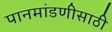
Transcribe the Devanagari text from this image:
पानमांडणीसाठी